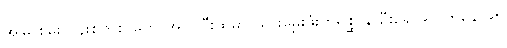
အမြဲ စိမ်းလန်းစွတ်စို တောအုပ်ကြီးထဲမှာ သားမွှေးဖုံးတိရစ္ဆာန် ဦးရေ ၉၀ ကနေ ၉၅